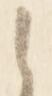
之